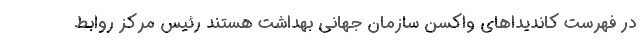
در فهرست کاندیداهای واکسن سازمان جهانی بهداشت هستند رئیس مرکز روابط